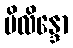
ပိလိန္ဒော